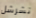
تشرشل